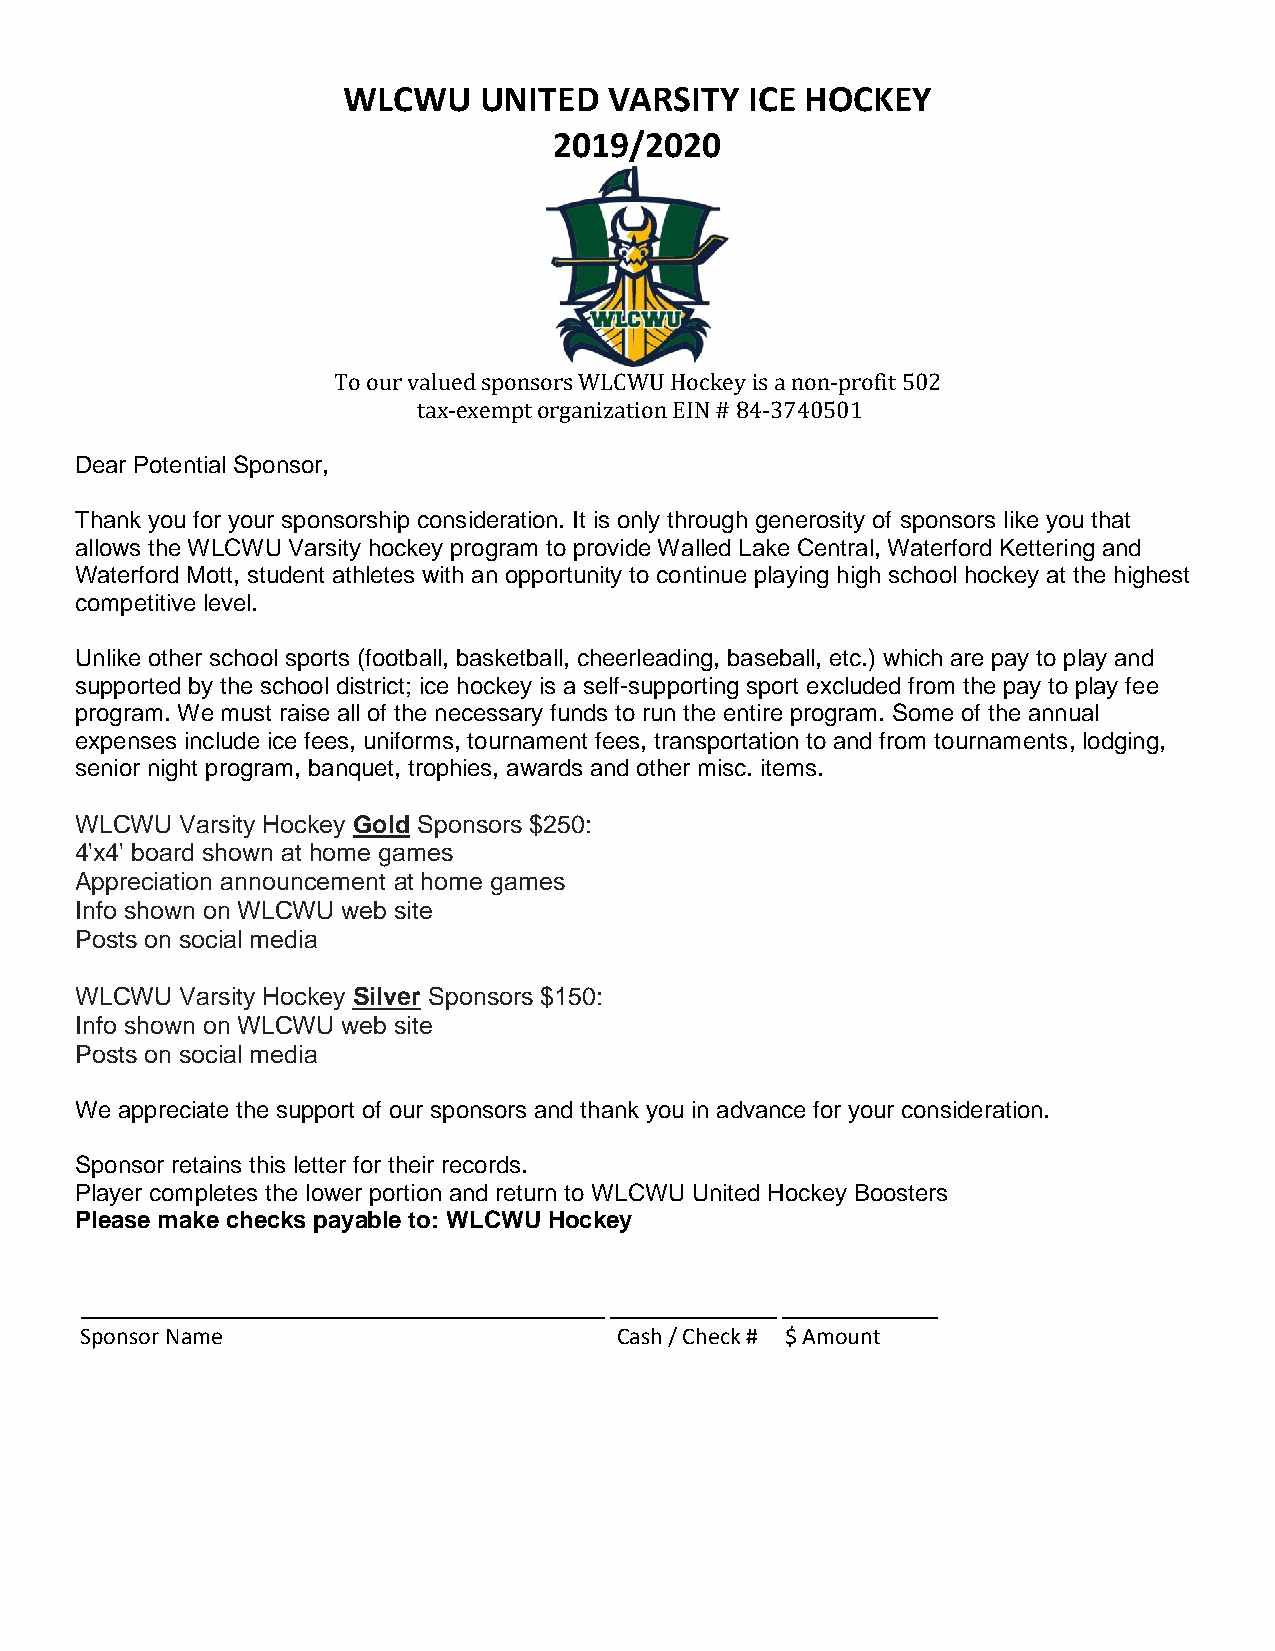
WLCWU    UNITED  VARSITY   ICE HOCKEY
 2019/2020
 To our valued sponsors WLCWU Hockey is a non-profit 502
 tax-exempt organization EIN # 84-3740501
 Dear Potential Sponsor,
 Thank you for your sponsorship consideration. It is only through generosity of sponsors like you that
 allows the WLCWU Varsity hockey program to provide Walled Lake Central, Waterford Kettering and
 Waterford Mott, student athletes with an opportunity to continue playing high school hockey at the highest
 competitive level.
 Unlike other school sports (football, basketball, cheerleading, baseball, etc.) which are pay to play and
 supported by the school district; ice hockey is a self-supporting sport excluded from the pay to play fee
 program. We must raise all of the necessary funds to run the entire program. Some of the annual
 expenses include ice fees, uniforms, tournament fees, transportation to and from tournaments, lodging,
 senior night program, banquet, trophies, awards and other misc. items.
 WLCWU  Varsity Hockey Gold Sponsors $250:
 4'x4' board shown at home games
 Appreciation announcement at home games
 Info shown on WLCWU web site
 Posts on social media
 WLCWU  Varsity Hockey Silver Sponsors $150:
 Info shown on WLCWU web site
 Posts on social media
 We appreciate the support of our sponsors and thank you in advance for your consideration.
 Sponsor retains this letter for their records.
 Player completes the lower portion and return to WLCWU United Hockey Boosters
 Please make checks payable to: WLCWU Hockey
 ____________________________________________ ______________ _____________
 Sponsor Name                        Cash / Check # $ Amount